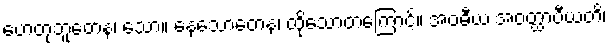
ဟေတုဘူတေန၊ သော။ နေသောတေန၊ ထိုသောတကြောင့်။ အဝဓီယ အဝတ္ထာပီယတိ၊